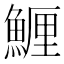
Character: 䱳